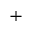
^ { + }